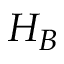
H _ { B }